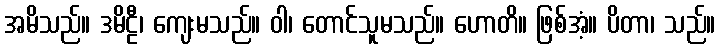
အမိသည်။ ဒမိဠီ၊ ကျေးမသည်။ ဝါ၊ တောင်သူမသည်။ ဟောတိ။ ဖြစ်အံ့။ ပိတာ၊ သည်။